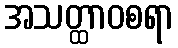
အသတ္ထာဝစရာ